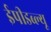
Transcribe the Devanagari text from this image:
ईपीडब्ल्यू